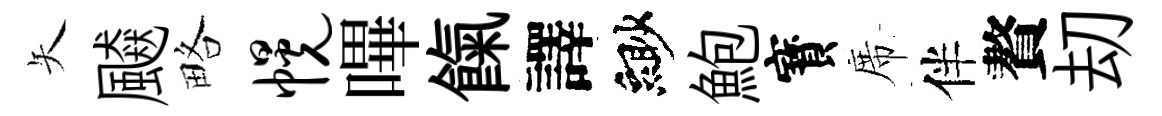
矢飇略幌嗶餼譯緲鮑寳席伴贅刧